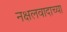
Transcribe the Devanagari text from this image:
नक्षलवादाच्या